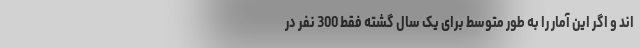
اند و اگر این آمار را به طور متوسط برای یک سال گشته فقط 300 نفر در